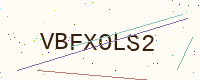
Text: VBFXOLS2